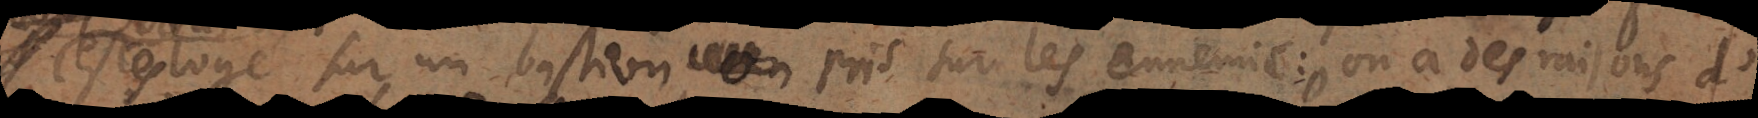
estes logé sur un bastion pris sur les ennemis: on a des raisons